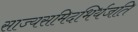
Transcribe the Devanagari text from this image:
साज्यसमिदभिर्यजति